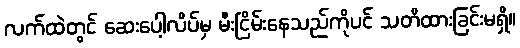
လက်ထဲတွင် ဆေးပေါ့လိပ်မှ မီးငြိမ်းနေသည်ကိုပင် သတိထားခြင်းမရှိ။